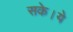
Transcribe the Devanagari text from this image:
सके।ये